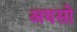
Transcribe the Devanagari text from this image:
अयसो